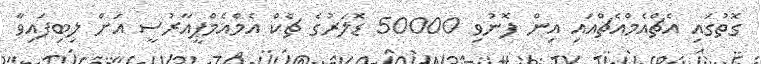
ގޮތުގައި އެޗްއެމްއެޗްއައި އިން ފޮނުވި 50000 ޑޮލަރުގެ ޗެކް އެމްއެމްޕީއާރުސީ އަށް ލިބިފައިވާ